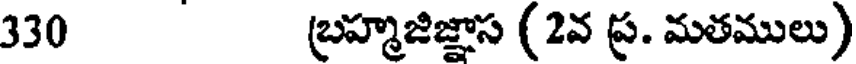
330 బ్రహ్మజిజ్ఞాస (2వ ప్ర. మతములు)